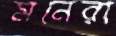
মনেরা